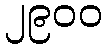
၂၉၀၀